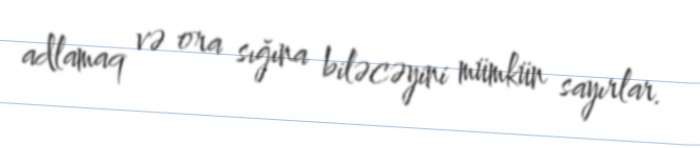
adlamaq və ora sığına biləcəyini mümkün sayırlar.